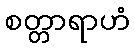
စတ္တာရာဟံ